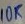
Text: 10K